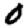
Digit: 0